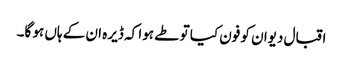
اقبال دیوان کو فون کیا تو طے ہوا کہ ڈیرہ ان کے ہاں ہو گا۔